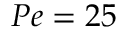
P e = 2 5